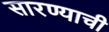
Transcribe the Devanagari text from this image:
सारण्याची